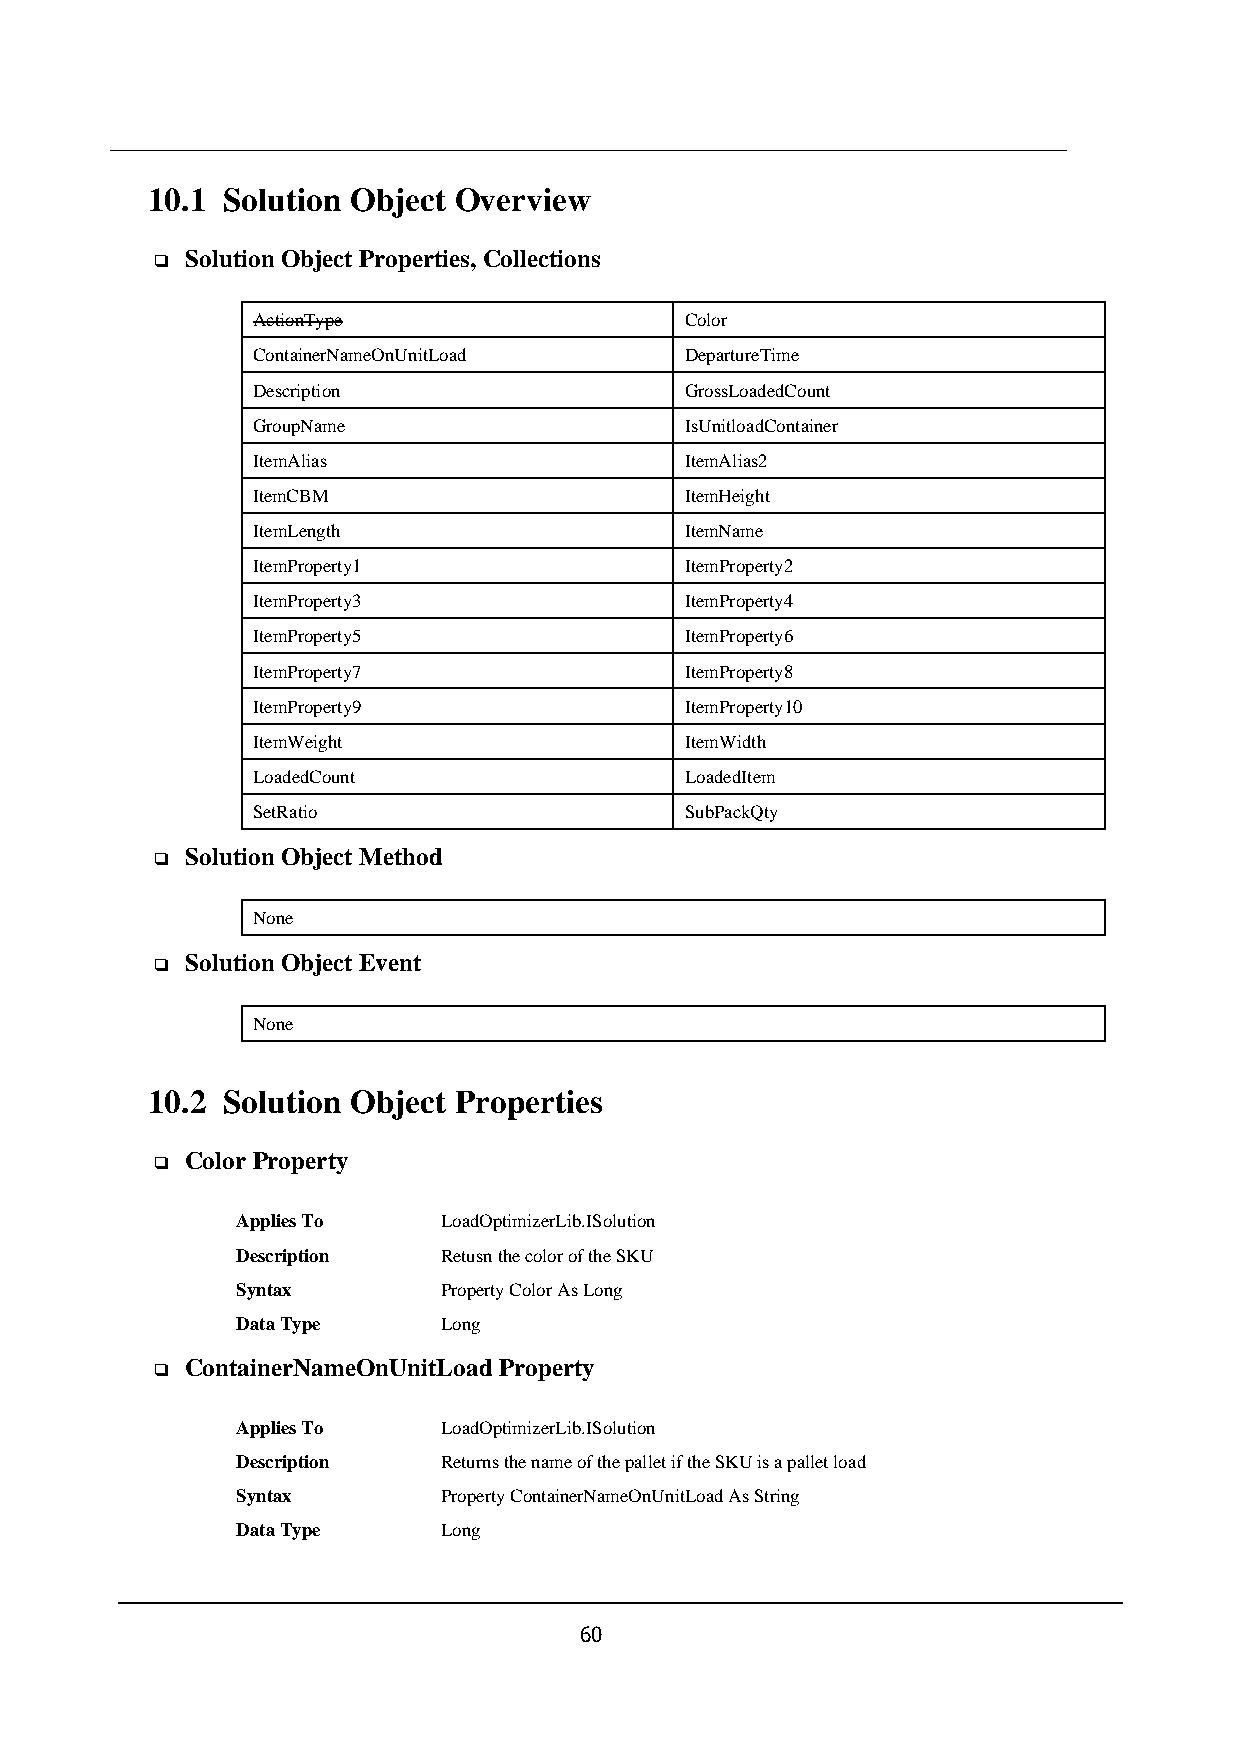
10.1 Solution Object Overview
 Solution Object Properties, Collections
 ❑
 ActionType                  Color
 ContainerNameOnUnitLoad     DepartureTime
 Description                 GrossLoadedCount
 GroupName                   IsUnitloadContainer
 ItemAlias                   ItemAlias2
 ItemCBM                     ItemHeight
 ItemLength                  ItemName
 ItemProperty1               ItemProperty2
 ItemProperty3               ItemProperty4
 ItemProperty5               ItemProperty6
 ItemProperty7               ItemProperty8
 ItemProperty9               ItemProperty10
 ItemWeight                  ItemWidth
 LoadedCount                 LoadedItem
 SetRatio                    SubPackQty
 Solution Object Method
 ❑
 None
 Solution Object Event
 ❑
 None
 10.2 Solution Object Properties
 Color Property
 ❑
 Applies To   LoadOptimizerLib.ISolution
 Description  Retusn the color of the SKU
 Syntax       Property Color As Long
 Data Type    Long
 ContainerNameOnUnitLoad Property
 ❑
 Applies To   LoadOptimizerLib.ISolution
 Description  Returns the name of the pallet if the SKU is a pallet load
 Syntax       Property ContainerNameOnUnitLoad As String
 Data Type    Long
 60